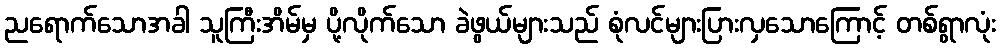
ညရောက်သောအခါ သူကြီးအိမ်မှ ပို့လိုက်သော ခဲဖွယ်များသည် စုံလင်များပြားလှသောကြောင့် တစ်ရွာလုံး